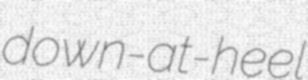
down-at-heel